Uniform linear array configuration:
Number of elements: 8
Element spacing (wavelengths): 0.75
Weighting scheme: kaiser
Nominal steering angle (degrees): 60
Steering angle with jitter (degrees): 59.042
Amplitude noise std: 0.05
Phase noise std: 0.05

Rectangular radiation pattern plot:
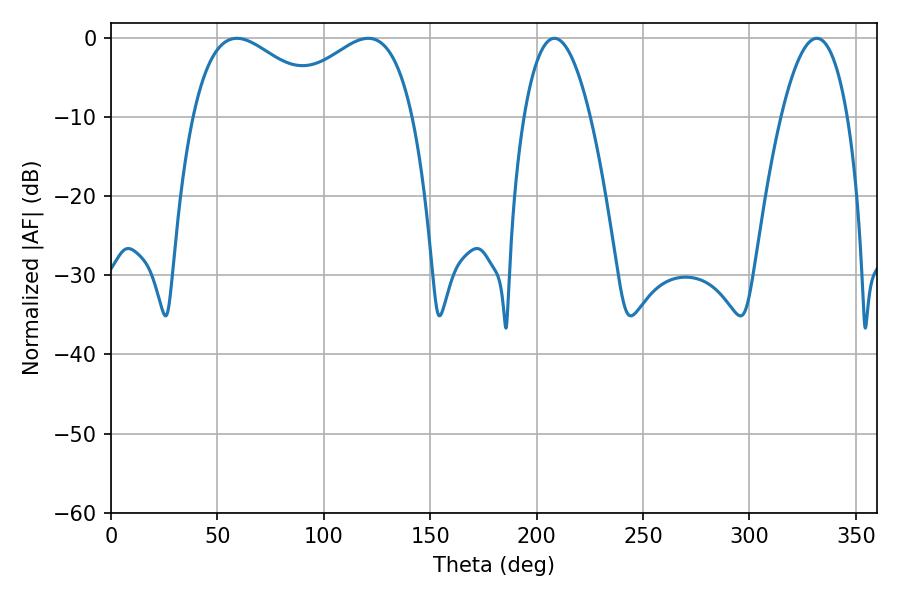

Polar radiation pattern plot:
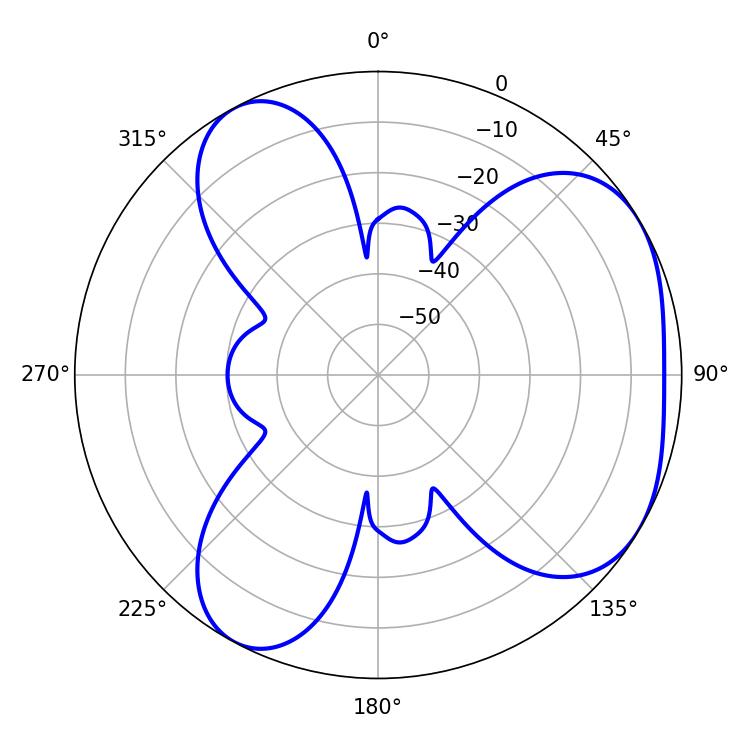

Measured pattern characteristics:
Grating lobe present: TRUE
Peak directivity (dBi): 4.361
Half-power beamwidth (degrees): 35.46
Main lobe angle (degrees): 59.22